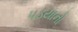
પડયાનો